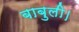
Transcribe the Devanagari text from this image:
बाबुली।